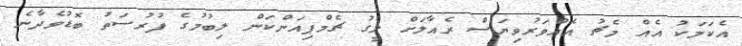
އެކަމަކު އެއް މެޗު އެއްވަރުވިޔަސް ރެއާލަށް ލީގު ޗެމްޕިއަންކަން ލިބުމުގެ ފުރުސަތު ބޮޑުވެދާނެ